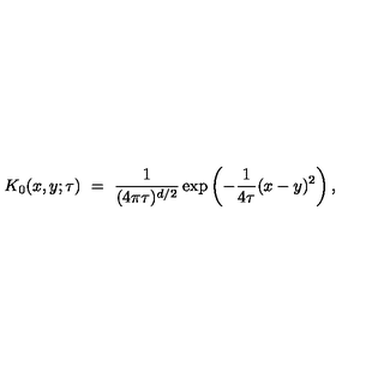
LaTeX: K _ { 0 } ( x , y ; \tau ) \ = \ \frac { 1 } { ( 4 \pi \tau ) ^ { d / 2 } } \exp \left( - \frac { 1 } { 4 \tau } ( x - y ) ^ { 2 } \right) ,